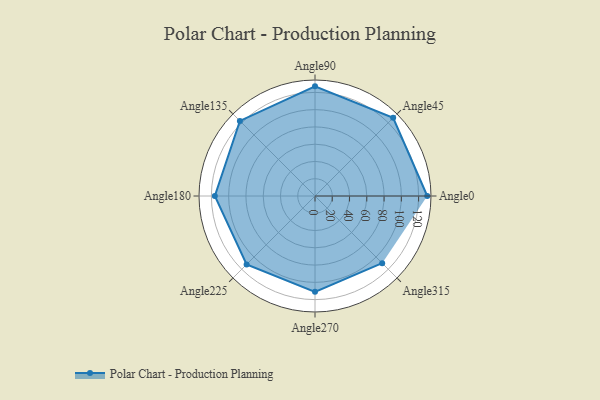
{"axis": {"x": "Angle", "y": "Radius"}, "legend": [""], "data": [{"x": "Angle0", "y": 130.0, "type": ""}, {"x": "Angle45", "y": 128.0, "type": ""}, {"x": "Angle90", "y": 127.0, "type": ""}, {"x": "Angle135", "y": 123.0, "type": ""}, {"x": "Angle180", "y": 116.0, "type": ""}, {"x": "Angle225", "y": 112.0, "type": ""}, {"x": "Angle270", "y": 111.0, "type": ""}, {"x": "Angle315", "y": 110.0, "type": ""}]}